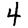
Digit: 4